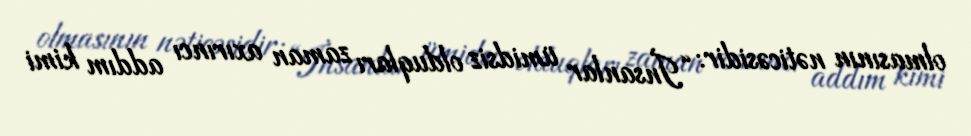
olmasının nəticəsidir: “İnsanlar ümidsiz olduqları zaman axırıncı addım kimi